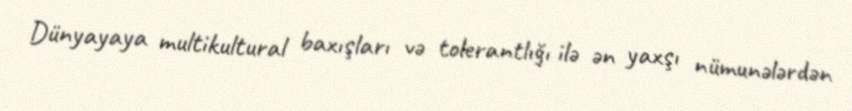
Dünyayaya multikultural baxışları və tolerantlığı ilə ən yaxşı nümunələrdən